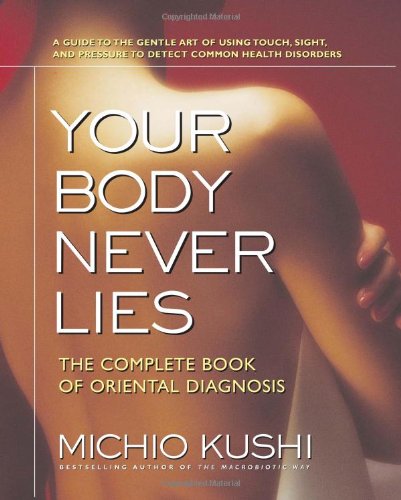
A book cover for Your Body Never Lies: The Complete Book Of Oriental Diagnosis; Michio Kushi; Health, Fitness & Dieting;